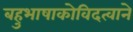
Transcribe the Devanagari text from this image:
बहुभाषाकोविदत्वाने